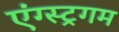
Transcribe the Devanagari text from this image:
एंग्स्ट्रगम